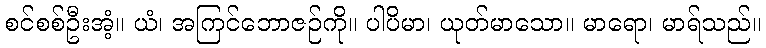
စင်စစ်ဦးအံ့။ ယံ၊ အကြင်ဘောဇဉ်ကို။ ပါပိမာ၊ ယုတ်မာသော။ မာရော၊ မာရ်သည်။